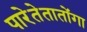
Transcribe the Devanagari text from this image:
पारेतेतातोंगा